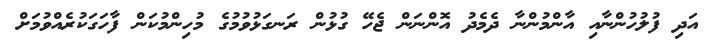
އަދި ފުލުހުންނާއި އާންމުންނާ ދެމެދު އޮންނަން ޖެހޭ ގުޅުން ރަނގަޅުވުމުގެ މުހިންމުކަން ފާހަގަކުރެއްވުމަށް